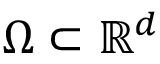
\Omega \subset \mathbb { R } ^ { d }